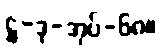
ဋ္ဌ-ဒု-အုပ်-၆၈။